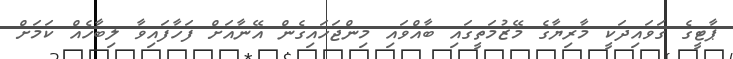
ޕާޓީގެ ގަވައިދަކީ މާރިޔާގެ މޭޒުމަތީގައި ބާއްވައި މިންޖަހައިގެން އޭނާއަށް ފަހާފައިވާ ލިބާހެއް ކަމަށް